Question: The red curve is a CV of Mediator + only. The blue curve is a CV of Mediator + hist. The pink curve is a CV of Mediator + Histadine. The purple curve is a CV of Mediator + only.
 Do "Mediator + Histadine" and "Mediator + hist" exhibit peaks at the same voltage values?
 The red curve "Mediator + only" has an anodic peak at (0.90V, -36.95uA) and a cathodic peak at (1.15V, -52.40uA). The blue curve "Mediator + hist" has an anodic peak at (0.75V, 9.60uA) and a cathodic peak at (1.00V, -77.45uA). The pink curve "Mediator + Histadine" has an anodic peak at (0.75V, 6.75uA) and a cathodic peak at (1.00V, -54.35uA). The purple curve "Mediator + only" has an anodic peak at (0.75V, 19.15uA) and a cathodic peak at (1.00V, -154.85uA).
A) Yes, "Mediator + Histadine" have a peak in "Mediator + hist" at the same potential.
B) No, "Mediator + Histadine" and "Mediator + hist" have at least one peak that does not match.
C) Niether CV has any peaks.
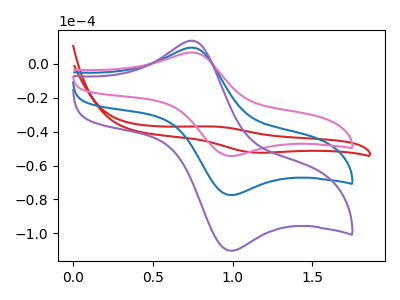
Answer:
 <answer>A) Yes, "Mediator + Histadine" have a peak in "Mediator + hist" at the same potential.</answer>
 <eval>A</eval>